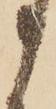
う